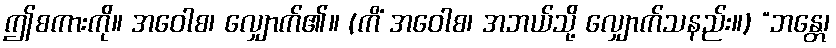
ဤစကားကို။ အဝေါစ၊ လျှောက်၏။ (ကိံ အဝေါစ၊ အဘယ်သို့ လျှောက်သနည်း။) “ဘန္တေ၊